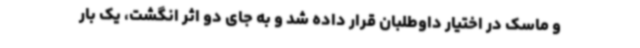
و ماسک در اختیار داوطلبان قرار داده شد و به جای دو اثر انگشت، یک بار